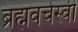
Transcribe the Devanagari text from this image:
ब्रह्मवर्चस्वी